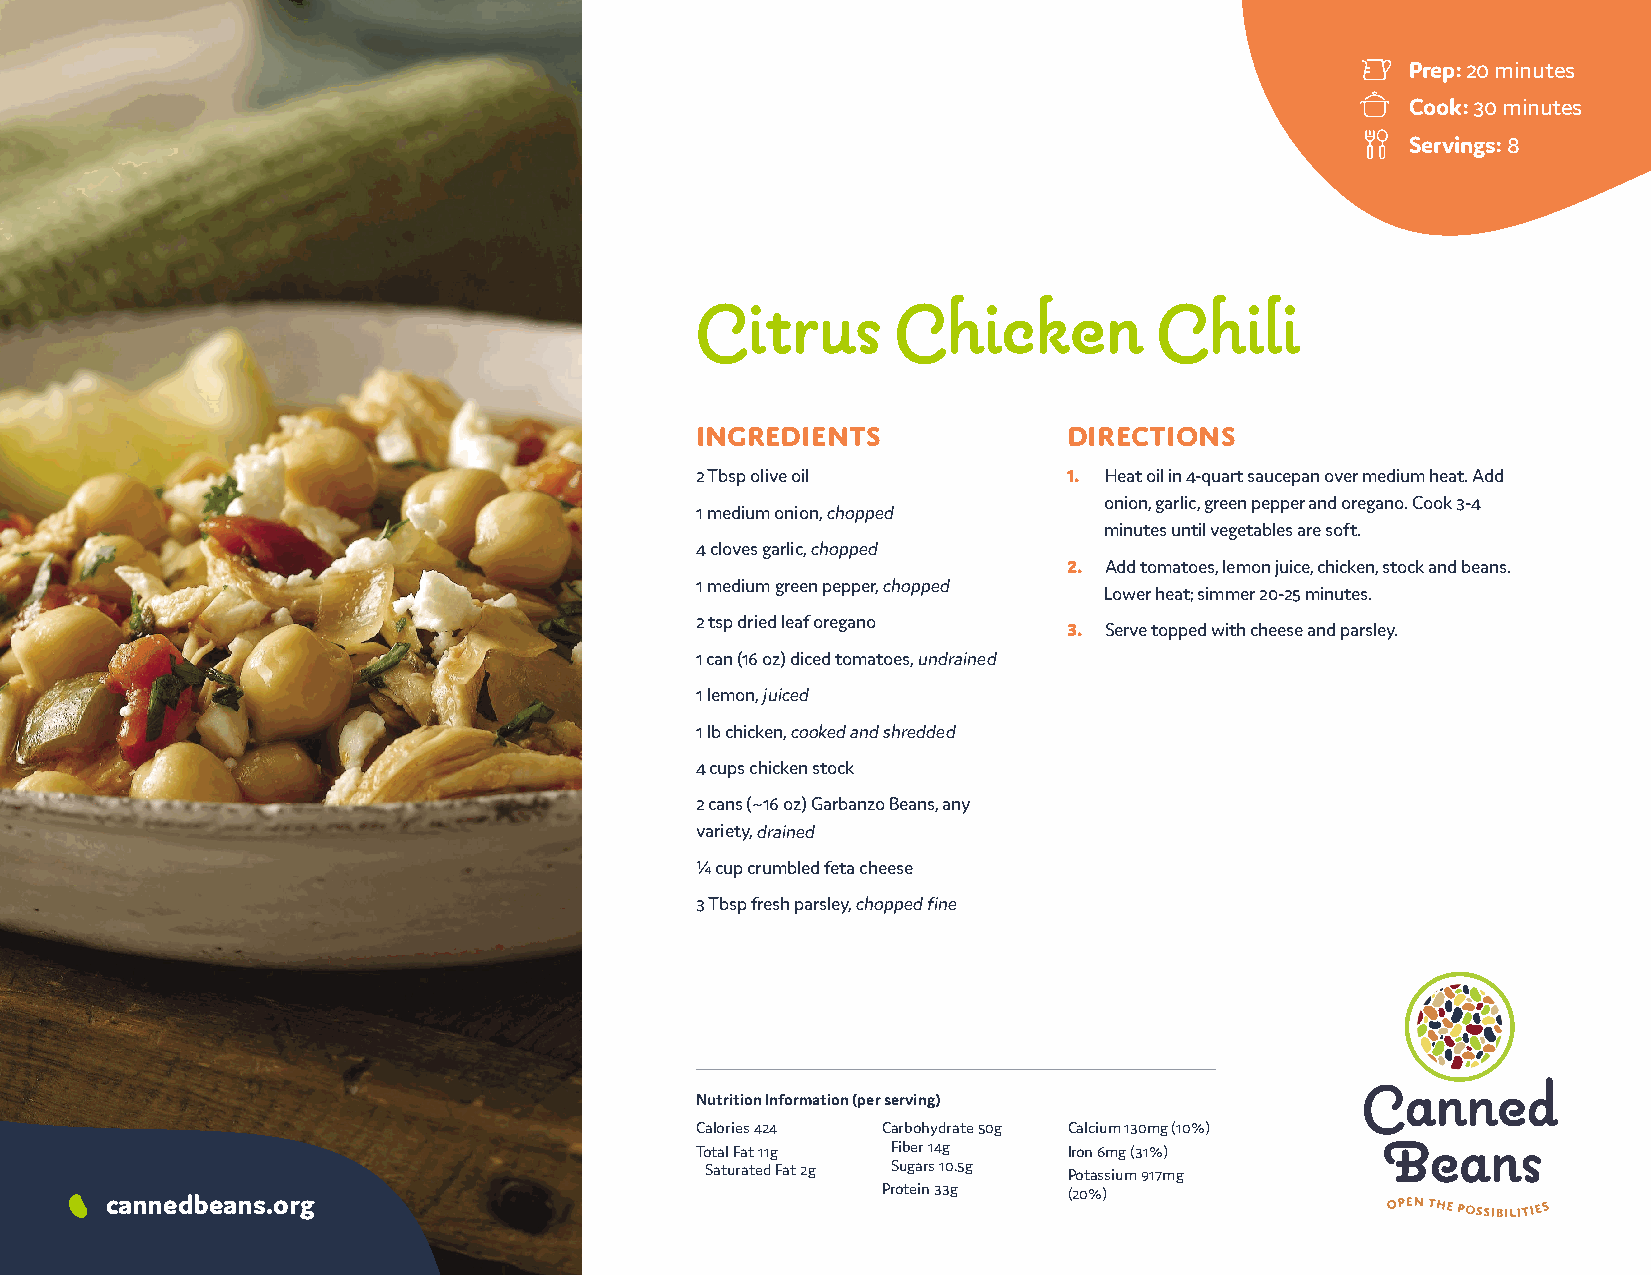
Prep: 20 minutes
 Cook: 30 minutes
 Servings: 8
 Citrus       Chicken           Chili
 Ingredients              Directions
 2 Tbsp olive oil         1. Heat oil in 4-quart saucepan over medium heat. Add
 onion, garlic, green pepper and oregano. Cook 3-4
 1 medium onion, chopped
 minutes until vegetables are soft.
 4 cloves garlic, chopped
 2. Add tomatoes, lemon juice, chicken, stock and beans.
 1 medium green pepper, chopped
 Lower heat; simmer 20-25 minutes.
 2 tsp dried leaf oregano
 3. Serve topped with cheese and parsley.
 1 can (16 oz) diced tomatoes, undrained
 1 lemon, juiced
 1 lb chicken, cooked and shredded
 4 cups chicken stock
 2 cans (~16 oz) Garbanzo Beans, any
 variety, drained
 ¼ cup crumbled feta cheese
 3 Tbsp fresh parsley, chopped fine
 Nutrition Information (per serving)
 Calories 424 Carbohydrate 50g Calcium 130mg (10%)
 Total Fat 11g Fiber 14g  Iron 6mg (31%)
 Saturated Fat 2g Sugars 10.5g Potassium 917mg
 cannedbeans.org                                    Protein 33g  (20%)